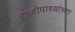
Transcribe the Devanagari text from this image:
राजोपाध्यांच्या